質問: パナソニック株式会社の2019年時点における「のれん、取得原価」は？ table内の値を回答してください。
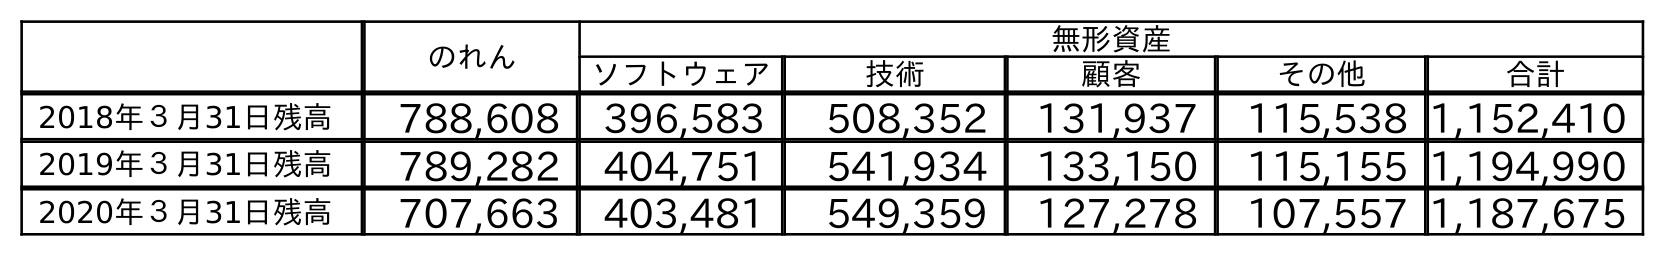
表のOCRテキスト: のれん 無形資産 ソフトウェア 技術 顧客 その他 合計 2018年３月31日残高 788,608 396,583 508,352 131,937 115,538 1,152,410 2019年３月31日残高 789,282 404,751 541,934 133,150 115,155 1,194,990 2020年３月31日残高 707,663 403,481 549,359 127,278 107,557 1,187,675
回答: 789,282